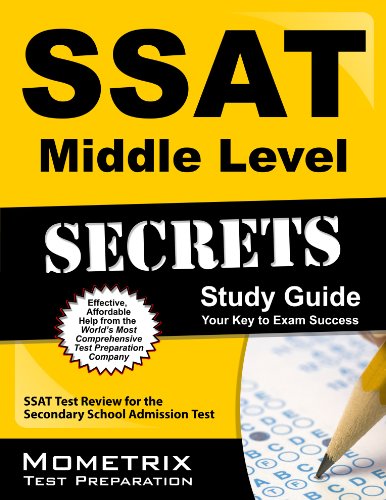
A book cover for SSAT Middle Level Secrets Study Guide: SSAT Test Review for the Secondary School Admission Test (Secrets (Mometrix)); SSAT Exam Secrets Test Prep Team; Test Preparation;